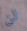
لن